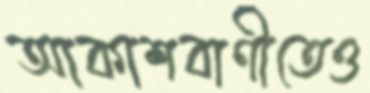
আকাশবাণীতেও